Triennial report on the lunatic asylums in the province of Eastern Bengal and Assam - 1903-1911
Year: 1903
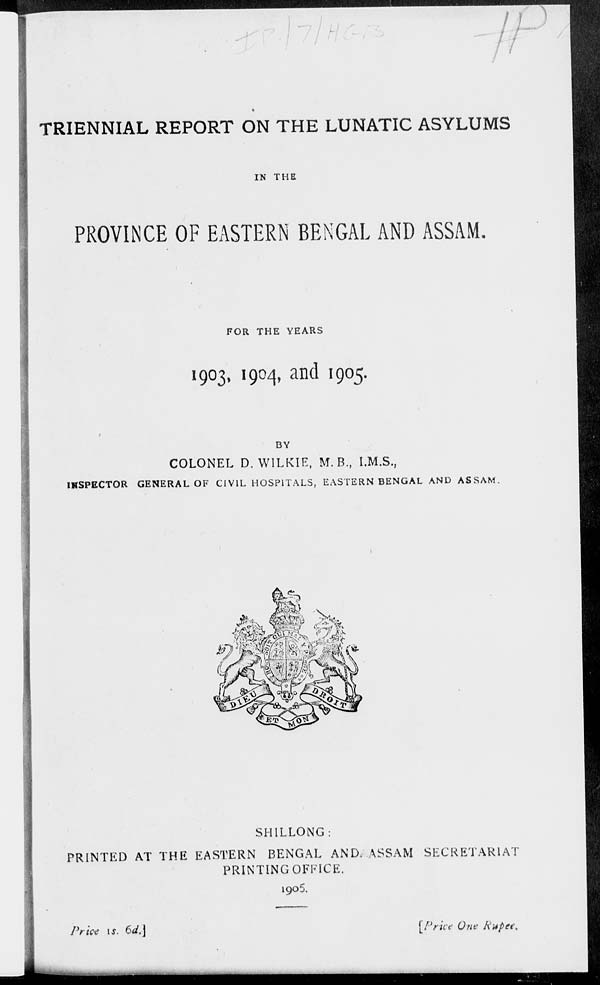
TRIENNIAL REPORT ON THE LUNATIC ASYLUMS
IN THE
PROVINCE OF EASTERN BENGAL AND ASSAM.
FOR THE YEARS
1903, 1904, and 1905.
BY
COLONEL D. WILKIE, M. B., I.M.S.,
INSPECTOR GENERAL OF CIVIL HOSPITALS, EASTERN BENGAL AND ASSAM.
SHILLONG:
PRINTED AT THE EASTERN BENGAL AND ASSAM SECRETARIAT
PRINTING OFFICE.
1905.
Price 1s. 6d.]
[Price One Rupee.